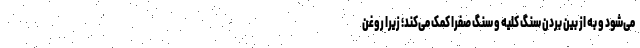
می‌شود و به از بین بردن سنگ کلیه و سنگ صفرا کمک می‌کند؛ زیرا روغن